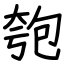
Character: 匏